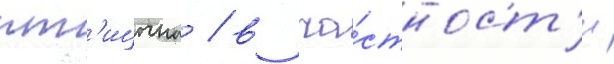
пт'ицына / в ча́стност'и